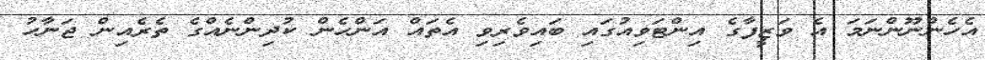
އެހެންނޫންނަމަ އެ ވަޒީފާގެ އިންޓަވިއުގައި ބައިވެރިވި އެތައް އަންހެން ކުދިންނެއްގެ ތެރެއިން ޖަނާހު